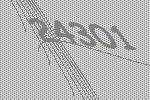
24301